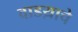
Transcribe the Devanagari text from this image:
वाडय़ाचे